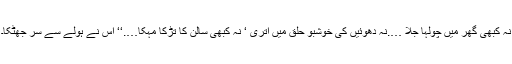
نہ کبھی گھر میں چولہا جلا ….نہ دھوئیں کی خوشبو حلق میں اتری ‘ نہ کبھی سالن کا تڑکا مہکا….‘‘ اس نے ہولے سے سر جھٹکا۔